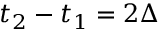
t _ { 2 } - t _ { 1 } = 2 \Delta